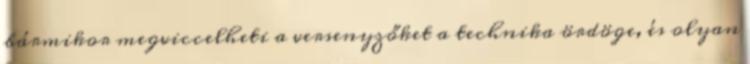
bármikor megviccelheti a versenyzőket a technika ördöge, és olyan